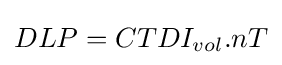
DLP=CTDI_{vol}.nT